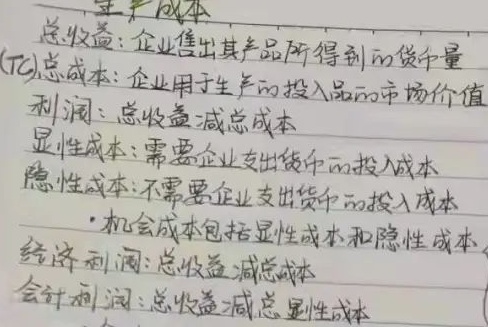
总成本
总收益：企业售出其产品所得到的货币量
总成本：企业用于生产的投入品的市场价值
利润：总收益减总成本
显性成本：需要企业支出货币的投入成本
隐性成本：不需要企业支出货币的投入成本
·机会成本包括显性成本和隐性成本
经济利润：总收益减总成本和隐性成本
会计利润：总收益减总显性成本